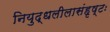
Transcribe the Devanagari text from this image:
नियुद्धलीलासंहृष्टः